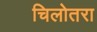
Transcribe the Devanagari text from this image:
चिलोतरा